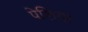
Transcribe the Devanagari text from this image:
पेशिया